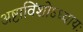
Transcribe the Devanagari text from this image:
अष्टाविंशोऽध्यायः